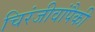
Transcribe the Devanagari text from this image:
चिरंजीवांपैकी